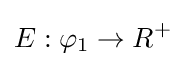
E:\varphi _{1}\rightarrow R^{+}